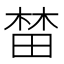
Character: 榃